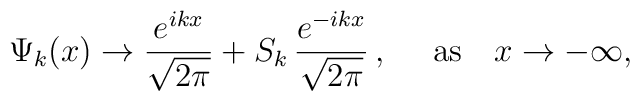
\Psi_k(x)\rightarrow \frac{e^{ikx}}{\sqrt{2\pi}}+S_k\,\frac{e^{-ikx}}{\sqrt{2\pi}}\,,~~~~\mbox{as}~~~x\rightarrow -\infty,